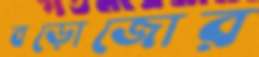
বড়োজোর